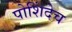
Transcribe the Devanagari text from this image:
पोशिंदेच